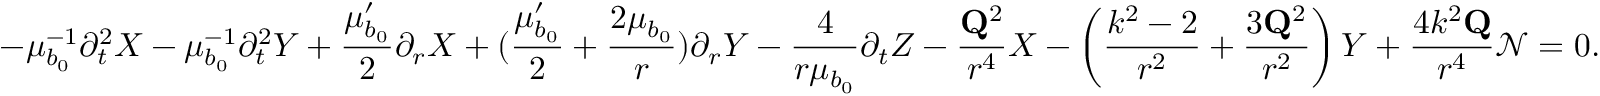
- \mu _ { b _ { 0 } } ^ { - 1 } \partial _ { t } ^ { 2 } X - \mu _ { b _ { 0 } } ^ { - 1 } \partial _ { t } ^ { 2 } Y + \frac { \mu _ { b _ { 0 } } ^ { \prime } } { 2 } \partial _ { r } X + ( \frac { \mu _ { b _ { 0 } } ^ { \prime } } { 2 } + \frac { 2 \mu _ { b _ { 0 } } } { r } ) \partial _ { r } Y - \frac { 4 } { r \mu _ { b _ { 0 } } } \partial _ { t } Z - \frac { \mathbf { Q } ^ { 2 } } { r ^ { 4 } } X - \left( \frac { k ^ { 2 } - 2 } { r ^ { 2 } } + \frac { 3 \mathbf { Q } ^ { 2 } } { r ^ { 2 } } \right) Y + \frac { 4 k ^ { 2 } \mathbf { Q } } { r ^ { 4 } } \mathcal { N } = 0 .